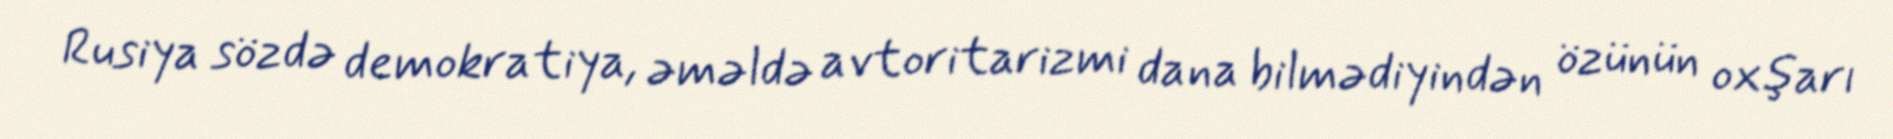
Rusiya sözdə demokratiya, əməldə avtoritarizmi dana bilmədiyindən özünün oxşarı